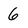
Character: 6